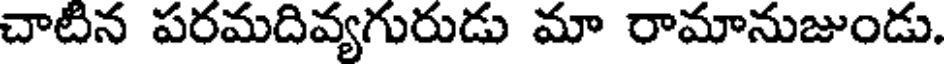
చాటిన పరమదివ్యగురుడు మా రామానుజుండు.